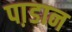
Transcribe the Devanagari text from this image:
पा़डान